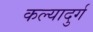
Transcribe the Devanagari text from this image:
कल्यादुर्ग